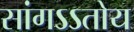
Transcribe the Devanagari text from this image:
सांगऽऽतोय